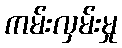
ကမ်းလှမ်းမှု